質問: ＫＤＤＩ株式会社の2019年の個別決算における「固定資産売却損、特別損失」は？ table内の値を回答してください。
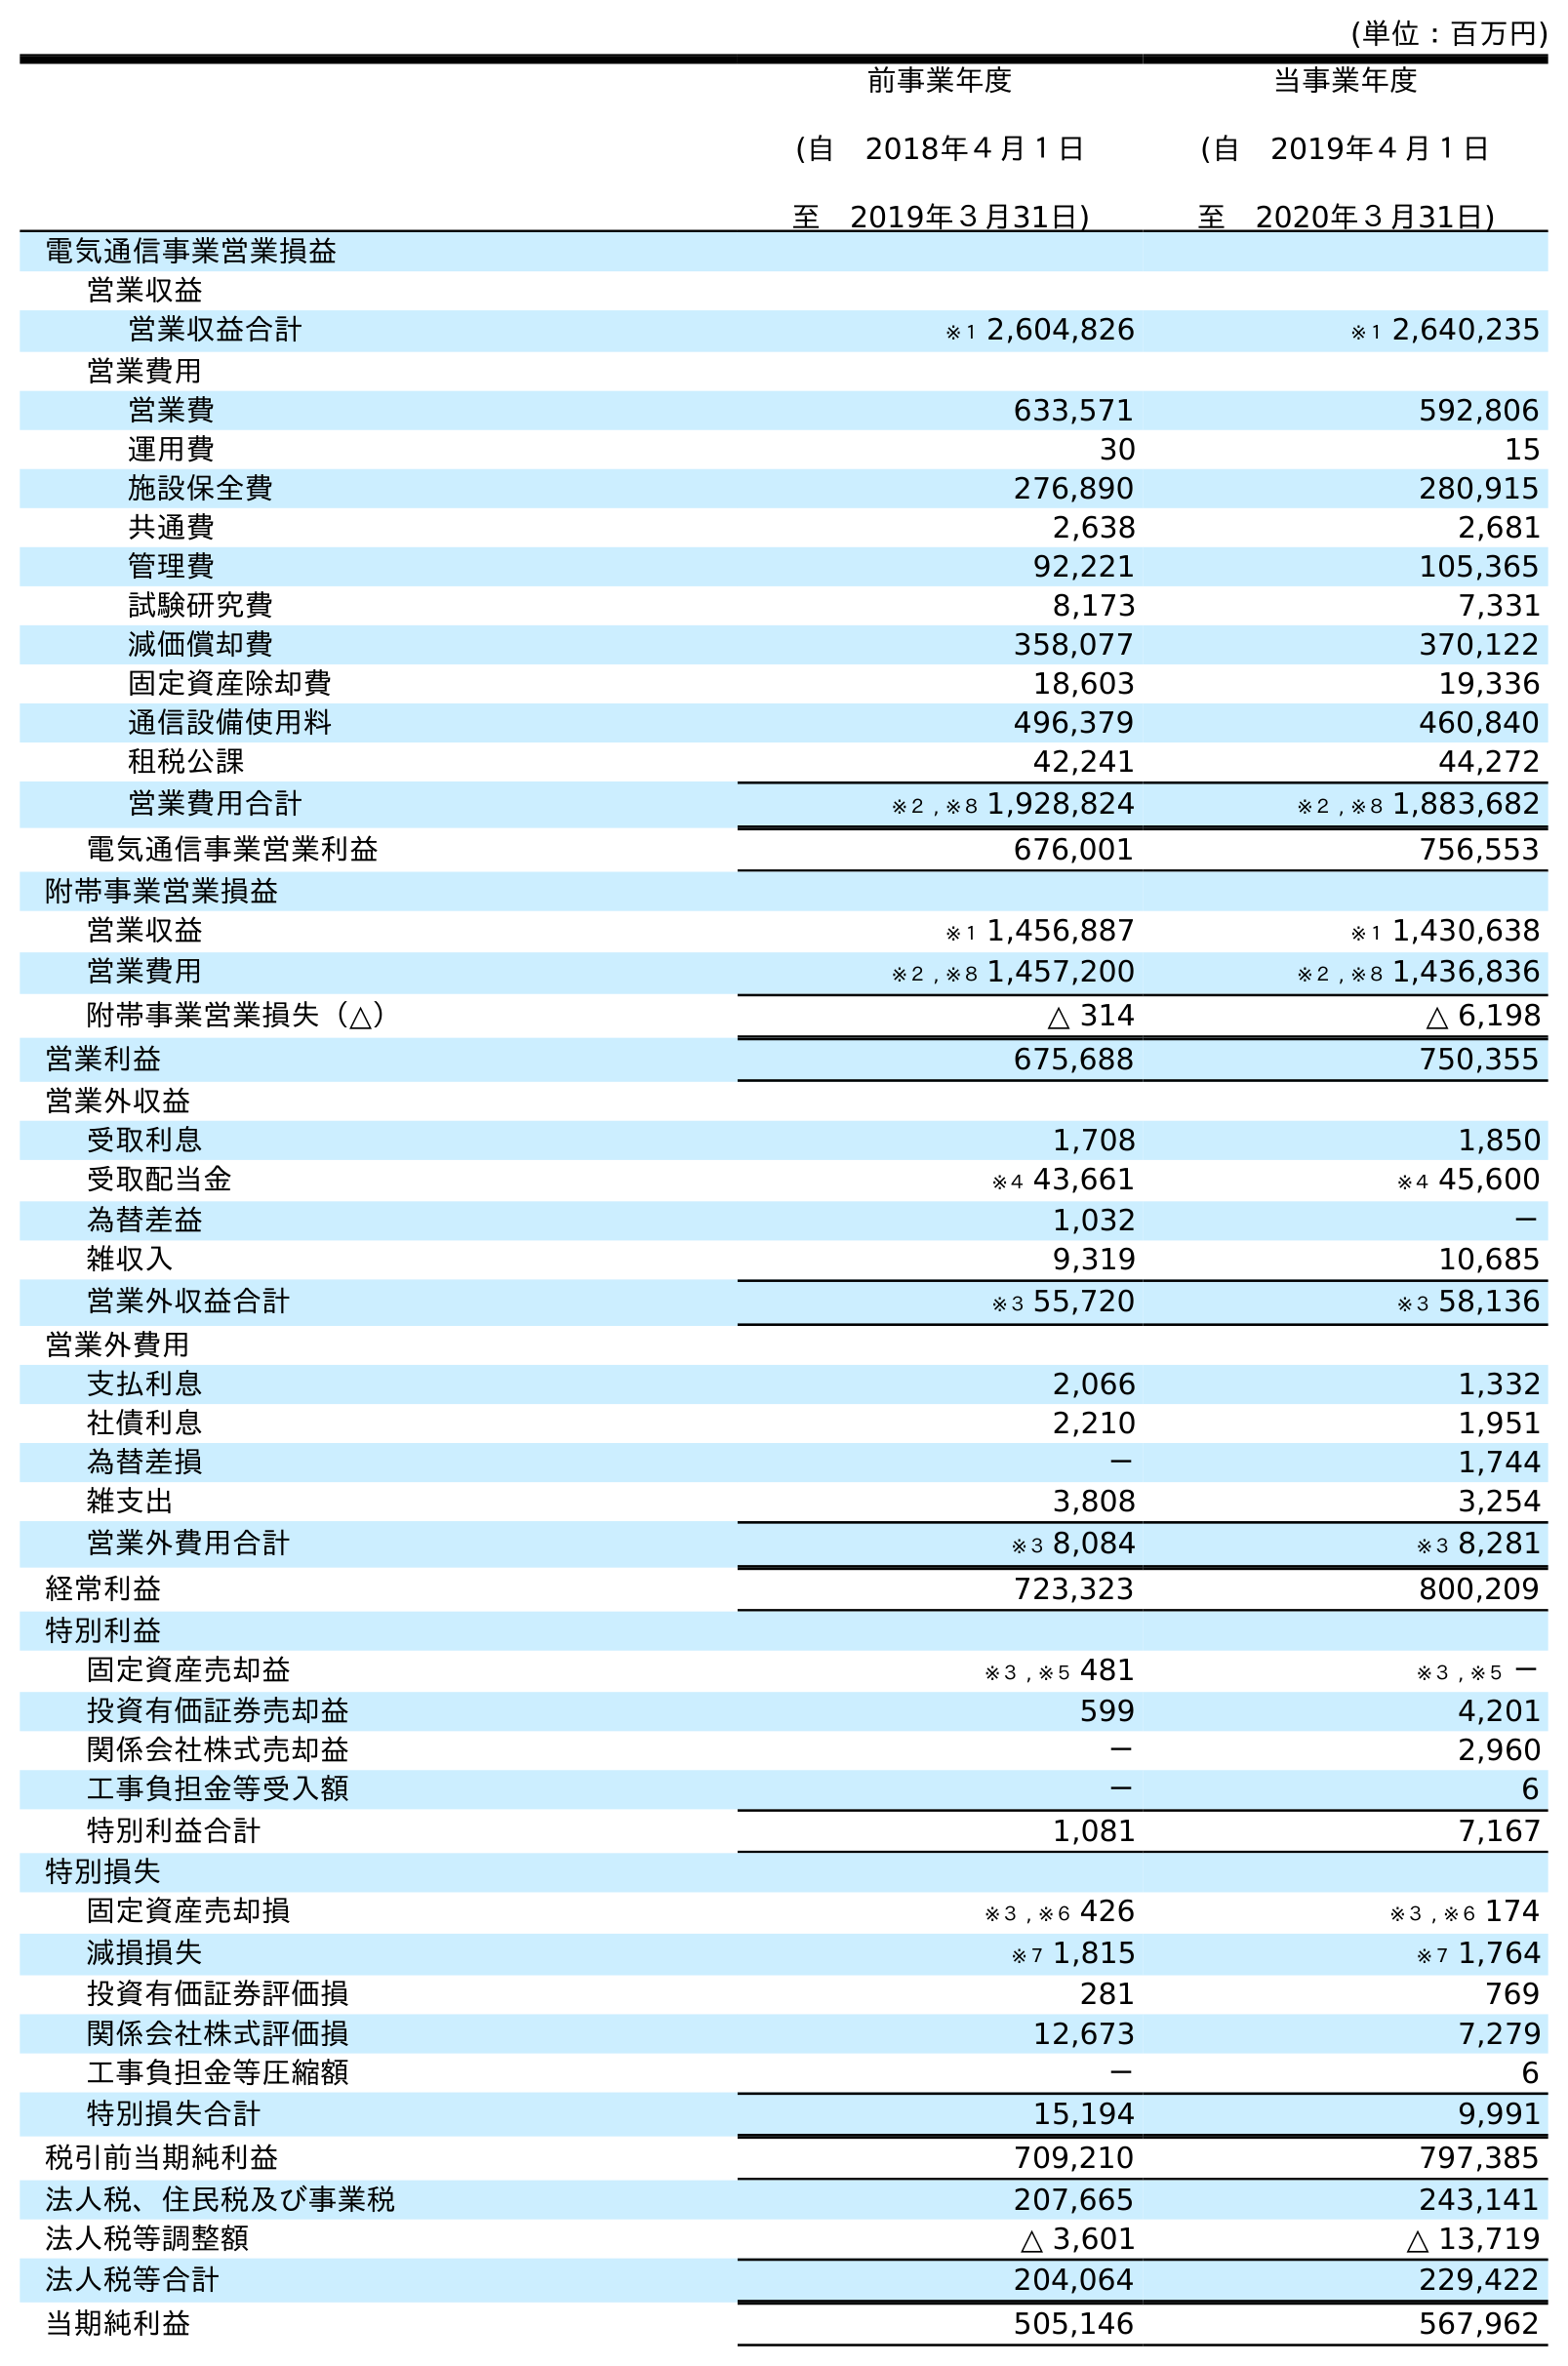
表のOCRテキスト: (単位：百万円) 前事業年度 (自 2018年４月１日 至 2019年３月31日) 当事業年度 (自 2019年４月１日 至 2020年３月31日) 電気通信事業営業損益 営業収益 営業収益合計 ※１ 2,604,826 ※１ 2,640,235 営業費用 営業費 633,571 592,806 運用費 30 15 施設保全費 276,890 280,915 共通費 2,638 2,681 管理費 92,221 105,365 試験研究費 8,173 7,331 減価償却費 358,077 370,122 固定資産除却費 18,603 19,336 通信設備使用料 496,379 460,840 租税公課 42,241 44,272 営業費用合計 ※２ , ※８ 1,928,824 ※２ , ※８ 1,883,682 電気通信事業営業利益 676,001 756,553 附帯事業営業損益 営業収益 ※１ 1,456,887 ※１ 1,430,638 営業費用 ※２ , ※８ 1,457,200 ※２ , ※８ 1,436,836 附帯事業営業損失（△） △ 314 △ 6,198 営業利益 675,688 750,355 営業外収益 受取利息 1,708 1,850 受取配当金 ※４ 43,661 ※４ 45,600 為替差益 1,032 － 雑収入 9,319 10,685 営業外収益合計 ※３ 55,720 ※３ 58,136 営業外費用 支払利息 2,066 1,332 社債利息 2,210 1,951 為替差損 － 1,744 雑支出 3,808 3,254 営業外費用合計 ※３ 8,084 ※３ 8,281 経常利益 723,323 800,209 特別利益 固定資産売却益 ※３ , ※５ 481 ※３ , ※５ － 投資有価証券売却益 599 4,201 関係会社株式売却益 － 2,960 工事負担金等受入額 － 6 特別利益合計 1,081 7,167 特別損失 固定資産売却損 ※３ , ※６ 426 ※３ , ※６ 174 減損損失 ※７ 1,815 ※７ 1,764 投資有価証券評価損 281 769 関係会社株式評価損 12,673 7,279 工事負担金等圧縮額 － 6 特別損失合計 15,194 9,991 税引前当期純利益 709,210 797,385 法人税、住民税及び事業税 207,665 243,141 法人税等調整額 △ 3,601 △ 13,719 法人税等合計 204,064 229,422 当期純利益 505,146 567,962
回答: ※３,※６426